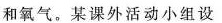
和氧气。某课外活动小组设